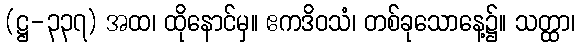
(ဋ္ဌ-၃၃၇) အထ၊ ထိုနောင်မှ။ ဧကဒိဝသံ၊ တစ်ခုသောနေ့၌။ သတ္ထာ၊